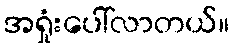
အရှုံးပေါ်လာတယ်။